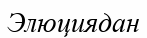
Элюциядан